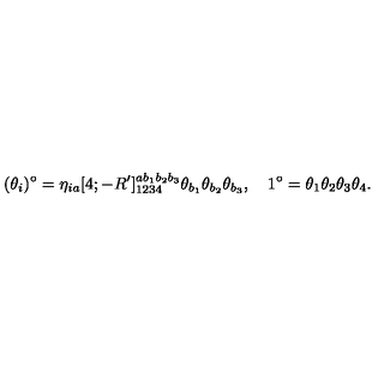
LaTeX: ( \theta _ { i } ) ^ { \circ } = \eta _ { i a } [ 4 ; - R ^ { \prime } ] _ { 1 2 3 4 } ^ { a b _ { 1 } b _ { 2 } b _ { 3 } } \theta _ { b _ { 1 } } \theta _ { b _ { 2 } } \theta _ { b _ { 3 } } , \quad 1 ^ { \circ } = \theta _ { 1 } \theta _ { 2 } \theta _ { 3 } \theta _ { 4 } .